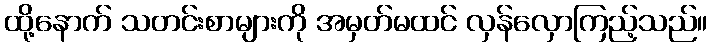
ထို့နောက် သတင်းစာများကို အမှတ်မထင် လှန်လှောကြည့်သည်။